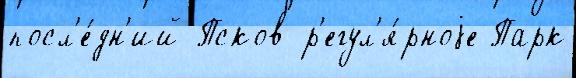
посл'е́дн'ий Псков р'егул'я́рноjе Парк